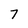
Character: 7